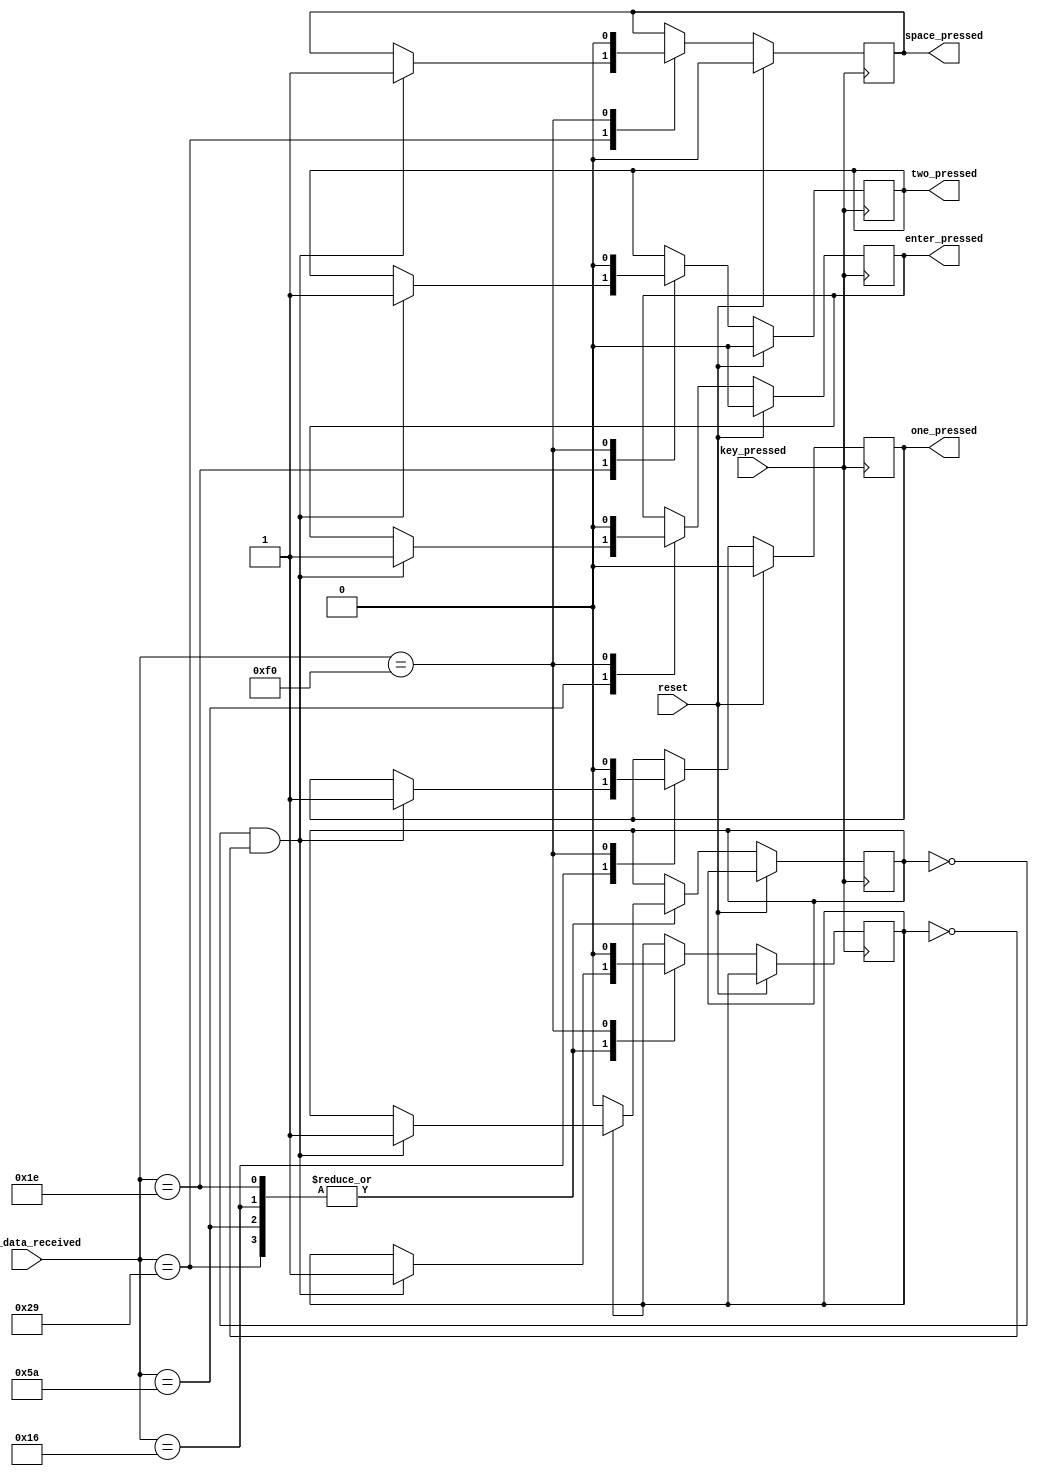
module code_to_signal (
    input [7:0] last_data_received,
    input key_pressed,
    input reset,
    output reg space_pressed,
    output reg enter_pressed,
    output reg one_pressed,
    output reg two_pressed
);

    reg read;
    reg read1;

    // Initialize the break code flag and output signals
    initial begin
        
        space_pressed = 1'b0;
        enter_pressed = 1'b0;
        one_pressed = 1'b0;
        two_pressed = 1'b0;
        read = 1'b0;
        read1 = 1'b0;
    end

    always @(posedge key_pressed) begin
        if (reset) begin
            // Reset logic
            space_pressed <= 1'b0;
            enter_pressed <= 1'b0;
            one_pressed <= 1'b0;
            two_pressed <= 1'b0;
          
        end 
        else 
        begin
            case (last_data_received)
            8'h29:
                begin
                    if(read == 1'b0 && read1 == 1'b0)
                    begin
                        space_pressed <= 1'b1;
                        read <= 1'b1;
                        read1 <= 1'b1;
                    end
                    if(read1 == 1'b0)
                    begin
                        read <= 1'b0;
                    end
                end

            8'h5A:
                begin
                    if(read == 1'b0 && read1 == 1'b0)
                    begin
                        enter_pressed <= 1'b1;
                        read <= 1'b1;
                        read1 <= 1'b1;
                    end
                    if(read1 == 1'b0)
                    begin
                        read <= 1'b0;
                    end
                end
            8'h16:
                begin
                    if(read == 1'b0 && read1 == 1'b0)
                    begin
                        one_pressed <= 1'b1;
                        read <= 1'b1;
                        read1 <= 1'b1;
                    end
                    if(read1 == 1'b0)
                    begin
                        read <= 1'b0;
                    end
                end
            8'h1E:
                begin
                    if(read == 1'b0 && read1 == 1'b0)
                    begin
                        two_pressed <= 1'b1;
                        read <= 1'b1;
                        read1 <= 1'b1;
                    end
                    if(read1 == 1'b0)
                    begin
                        read <= 1'b0;
                    end
                end
            8'hf0:
                begin
                    read1 <= 1'b0;
                    space_pressed <= 1'b0;
                    enter_pressed <= 1'b0;
                    one_pressed <= 1'b0;
                    two_pressed <= 1'b0;
                end

            endcase
        end
    end
endmodule